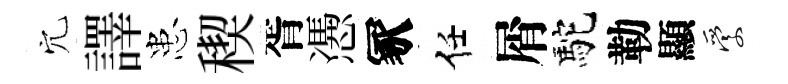
穴譯患稧胥慿冢任屑駝勒顯愛